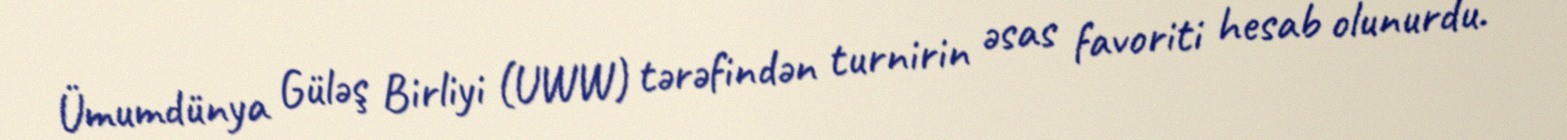
Ümumdünya Güləş Birliyi (UWW) tərəfindən turnirin əsas favoriti hesab olunurdu.